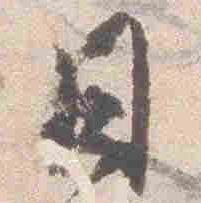
日